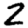
Digit: 2